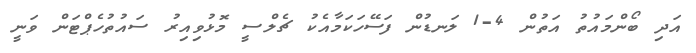
އަދި ބޯންމައުތު އަތުން 4-1 ލަނޑުން ފަސޭހަކަމާއެކު ޗެލްސީ މޮޅުވިއިރު ސައުތުހެޕްޓަން ވަނީ